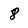
Character: 8